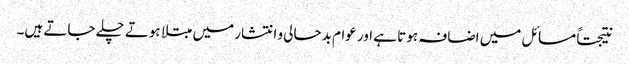
نتیجتاً مسائل میں اضافہ ہوتا ہے اور عوام بدحالی و انتشار میں مبتلا ہوتے چلے جاتے ہیں۔